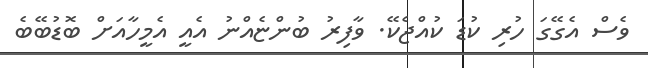
ވެސް އެގޭގަ ހުރި ކުޑަ ކުއްޖެކޭ. ވާފިރު ބުންޏެއްނު އެއީ އެމީހާއަށް ބޮޑުބޭބެ